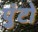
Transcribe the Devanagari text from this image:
पुंटो